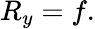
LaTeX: R_{y}=f.